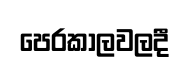
පෙරකාලවලදී